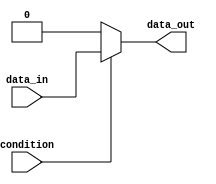
module if_else_statement (
    input wire condition,
    input wire data_in,
    output reg data_out
);

always @(*) begin
    if (condition) begin
        // If the condition is true, execute this block
        data_out = data_in;
    end else begin
        // If the condition is false, execute this block
        data_out = 0;
    end
end

endmodule